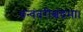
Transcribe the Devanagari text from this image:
धन्वंतरीश्चंद्रमा।